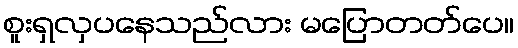
စူးရှလှပနေသည်လား မပြောတတ်ပေ။